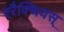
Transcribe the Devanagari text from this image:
एरैक्थियस्‌